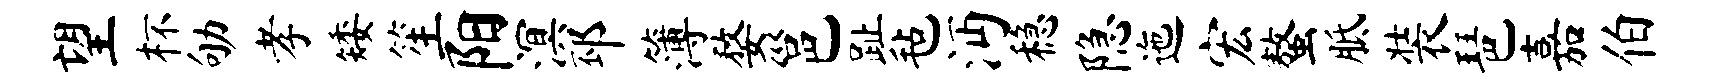
望杯劬孝矮笙阳溟邳簿婺邕趾毡沔稳隐迤宏螯胝装琶嘉伯